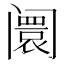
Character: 阛